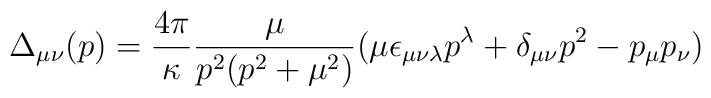
\Delta_{\mu \nu} (p) = \frac{4\pi}{\kappa} \frac{\mu}{ p^2  (p^2+ \mu^2)} (          \mu \epsilon_{\mu \nu \lambda} p^\lambda + \delta_{\mu \nu} p^2             - p_\mu p_\nu)